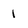
Character: 1